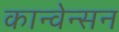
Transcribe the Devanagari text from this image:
कान्वेन्सन